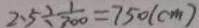
2 . 5 \div \frac { 1 } { 7 0 0 } = 7 5 0 ( c m )